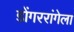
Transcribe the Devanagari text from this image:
डोंगररांगेला